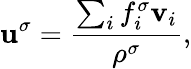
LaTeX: \mathbf{u}^{\sigma}=\frac{\sum_{i}f_{i}^{\sigma}\mathbf{v}_{i}}{\rho^{\sigma}},